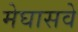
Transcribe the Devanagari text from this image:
मेघासवे